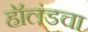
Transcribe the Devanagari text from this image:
हॉलंडचा